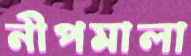
নীপমালা